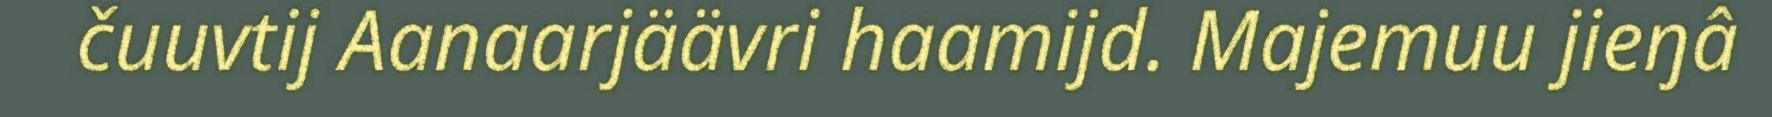
čuuvtij Aanaarjäävri haamijd. Majemuu jieŋâ